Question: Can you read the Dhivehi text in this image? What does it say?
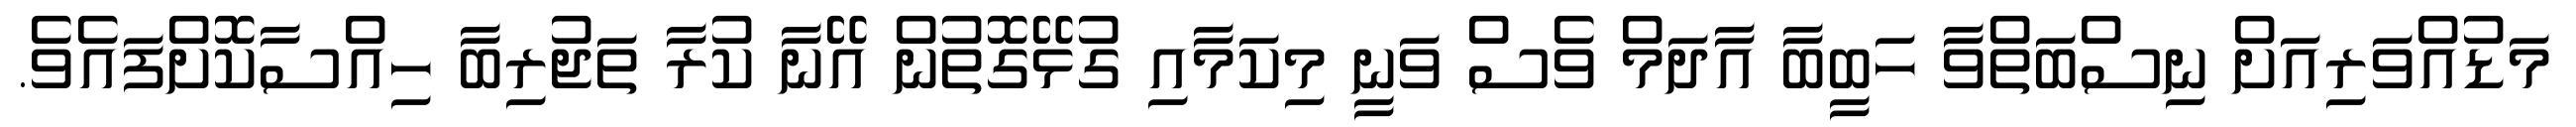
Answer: މަޑުއްވަރިއަށް ނިސްބަތްވާ ހަބީބާ އާދަމް ވެސް ވަނީ މިކަމާއި ގުޅޭގޮތުން އޭނާ ކުރާ ތަޖުރިބާ ހިއްސާކޮށްފައެވެ.